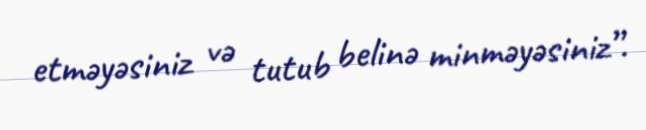
etməyəsiniz və tutub belinə minməyəsiniz”.